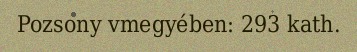
Pozsony vmegyében: 293 kath.